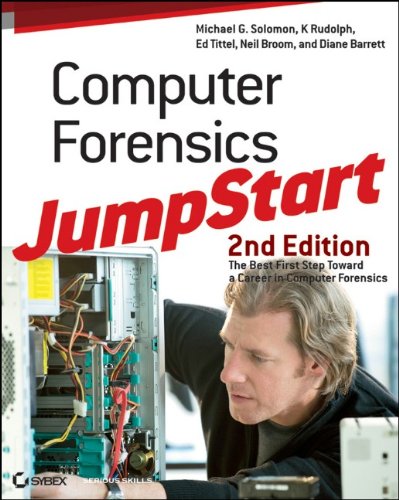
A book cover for Computer Forensics JumpStart; Michael G. Solomon; Computers & Technology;